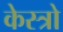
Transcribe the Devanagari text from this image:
केस्त्रो